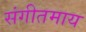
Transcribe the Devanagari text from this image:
संगीतमाय